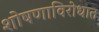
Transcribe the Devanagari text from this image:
शोषणाविरोधात